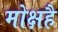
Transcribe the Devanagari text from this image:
मोक्षहै